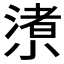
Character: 𱚩